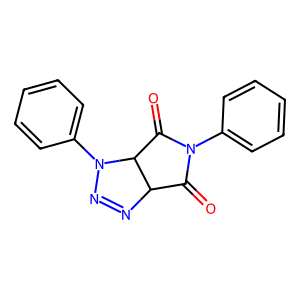
SMILES: O=C1C2N=NN(c3ccccc3)C2C(=O)N1c1ccccc1
Inhibits HIV replication: No